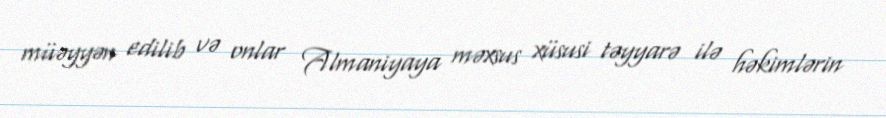
müəyyən edilib və onlar Almaniyaya məxsus xüsusi təyyarə ilə həkimlərin